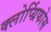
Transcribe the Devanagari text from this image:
क्लोर्प्य्रिफोस